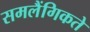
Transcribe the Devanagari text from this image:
समलैंगिकते